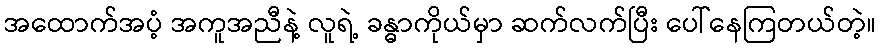
အထောက်အပံ့ အကူအညီနဲ့ လူရဲ့ ခန္ဓာကိုယ်မှာ ဆက်လက်ပြီး ပေါ်နေကြတယ်တဲ့။